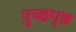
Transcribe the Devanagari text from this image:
पुच्छपृष्ठ